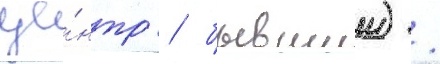
це́нтр / бывшии) /